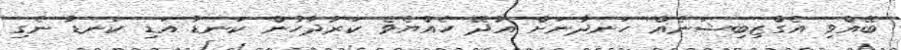
ބޭއްވި އެގްޒިބިޝަނެއް ހަނދާނަށް އާދޭ ހެއްޔެވެ ކަރުދާހުން ކަނޑު އަޑި ކަނޑާ ނެގި